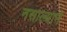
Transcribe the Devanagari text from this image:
नसाल्याने